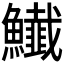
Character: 𩽅